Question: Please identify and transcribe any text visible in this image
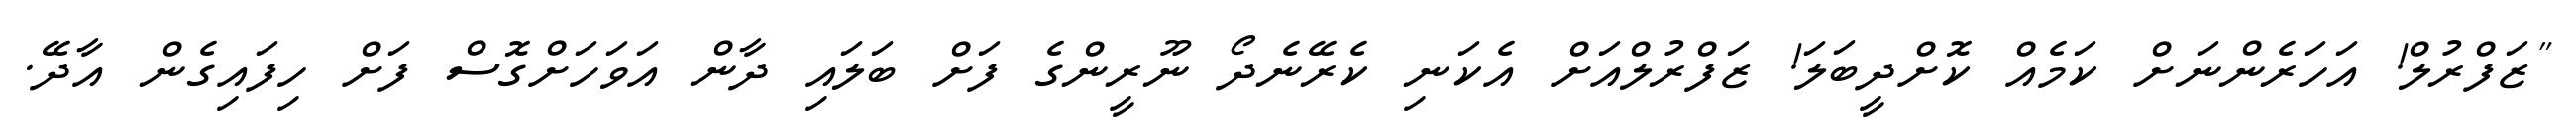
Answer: "ޒަފްރުލް! އަހަރެންނަށް ކަމެއް ކޮށްދީބަލަ! ޒަފްރުލްއަށް އެކަނި ކެރޭނެދޯ ނޫރީންގެ ފަށް ބަލައި ދާން އަވަހަށްގޮސް ފަށް ހިފައިގެން އާދޭ.